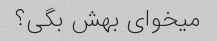
میخوای بهش بگی؟